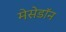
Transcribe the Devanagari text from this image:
मेसेडॉन